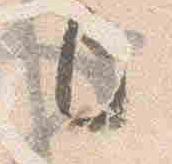
上